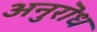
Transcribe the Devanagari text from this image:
अनुरॊध